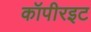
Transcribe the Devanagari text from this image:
कॉपीरइट